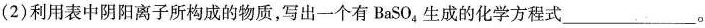
(2)利用表中阴阳离子所构成的物质，写出一个有BaSO_{4}生成的化学方程式___。